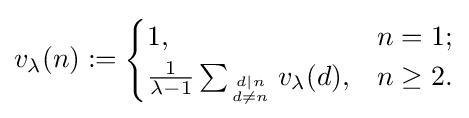
v_{\lambda }(n):={\begin{cases}1,&n=1;\\{\frac {1}{\lambda -1}}\sum _{d|n \atop d\neq n}v_{\lambda }(d),&n\geq 2.\end{cases}}